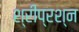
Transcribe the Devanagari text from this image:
श्रीप्रश्न